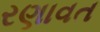
રણાવત